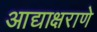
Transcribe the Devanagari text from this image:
आद्याक्षराणे